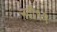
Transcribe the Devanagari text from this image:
नदी१९